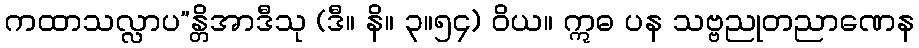
ကထာသလ္လာပ”န္တိအာဒီသု (ဒီ။ နိ။ ၃။၅၄) ဝိယ။ ဣဓ ပန သဗ္ဗညုတညာဏေန